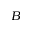
B